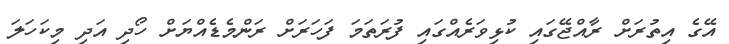
އޭގެ އިތުރަށް ރާއްޖޭގައި ކުޅިވަރެއްގައި ފުރަތަމަ ފަހަރަށް ރަންމެޑެއްޔަށް ހޯދި އަދި މިކަހަލަ